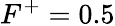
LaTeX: F^{+}=0.5